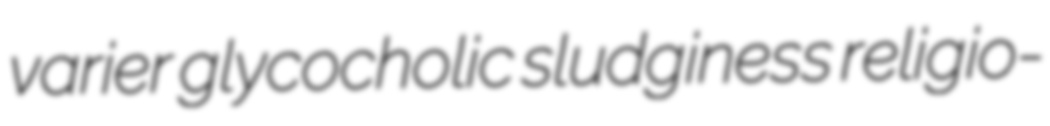
varier glycocholic sludginess religio-